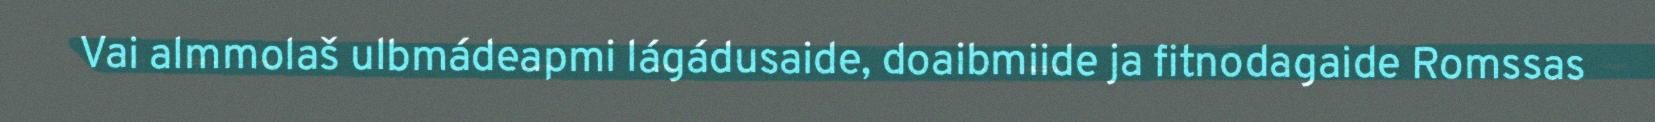
Vai almmolaš ulbmádeapmi lágádusaide, doaibmiide ja fitnodagaide Romssas